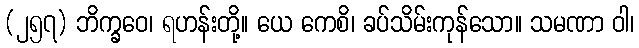
(၂၅၇) ဘိက္ခဝေ၊ ရဟန်းတို့။ ယေ ကေစိ၊ ခပ်သိမ်းကုန်သော။ သမဏာ ဝါ၊